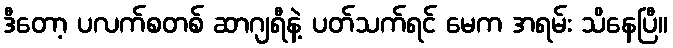
ဒီတော့ ပလက်စတစ် ဆာဂျရီနဲ့ ပတ်သက်ရင် မေက အရမ်း သိနေပြီ။